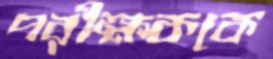
পরীক্ষককে